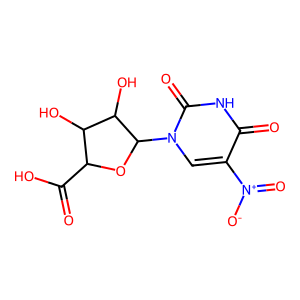
SMILES: O=C(O)C1OC(n2cc([N+](=O)[O-])c(=O)[nH]c2=O)C(O)C1O
Inhibits HIV replication: No